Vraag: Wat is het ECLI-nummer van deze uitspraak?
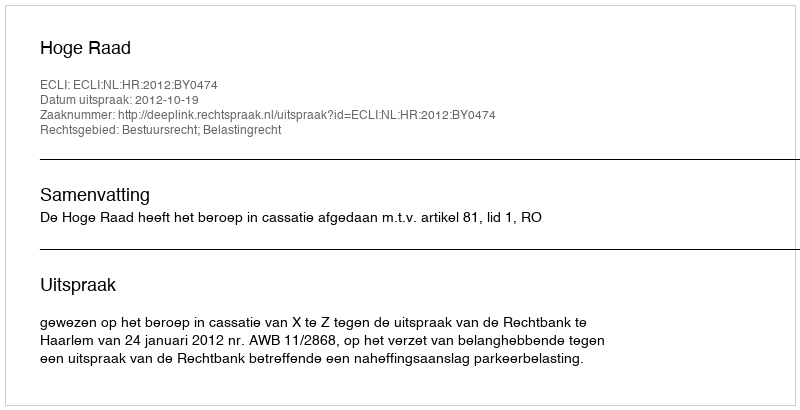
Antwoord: ECLI:NL:HR:2012:BY0474